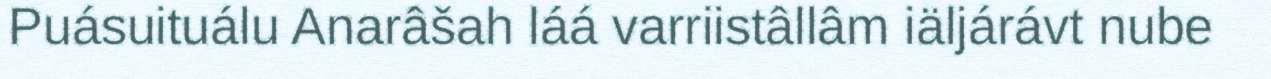
Puásuituálu Anarâšah láá varriistâllâm iäljárávt nube